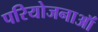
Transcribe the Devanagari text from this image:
परियोजनाऑं